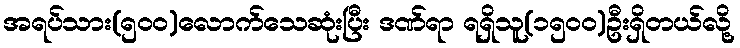
အရပ်သား(၅၀၀)လောက်သေဆုံးပြီး ဒဏ်ရာ ရရှိသူ(၁၅၀၀)ဦးရှိတယ်လို့